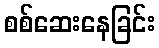
စစ်ဆေးနေခြင်း